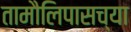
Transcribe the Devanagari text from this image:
तामौलिपासच्या